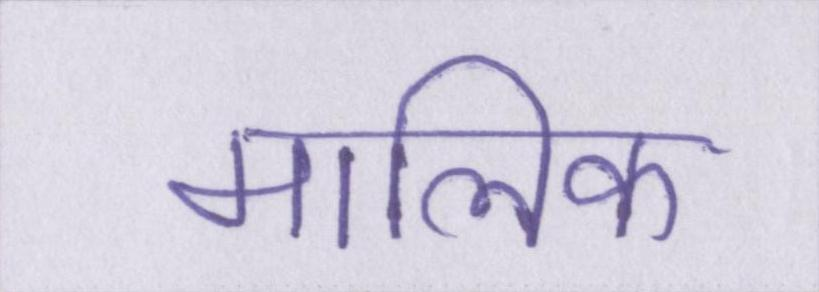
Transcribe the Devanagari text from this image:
मालिक